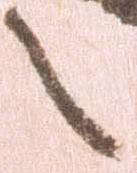
之